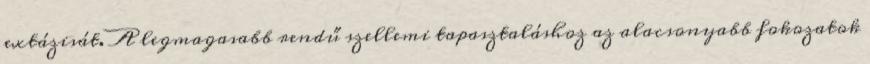
extázisát. A legmagasabb rendű szellemi tapasztaláshoz az alacsonyabb fokozatok